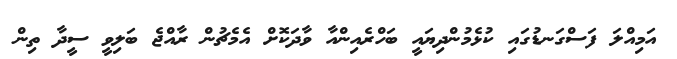
އަމިއްލަ ފަސްގަނޑުގައި ކުޅެމުންދިޔައީ ބަހްރެއިންއާ ވާދަކޮށް އެމެޗުން ރާއްޖެ ބަލިވީ ސީދާ ތިން